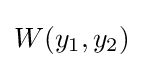
W(y_{1},y_{2})